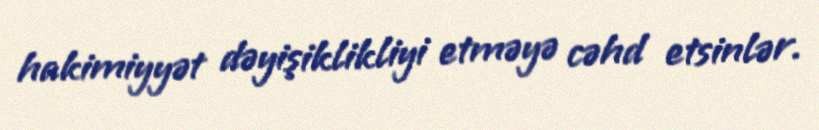
hakimiyyət dəyişiklikliyi etməyə cəhd etsinlər.